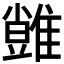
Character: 𩀙